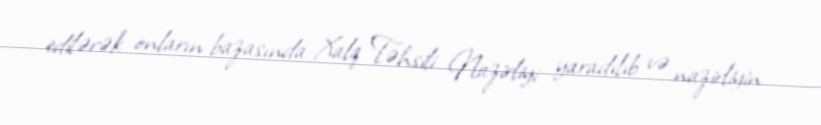
edilərək onların bazasında Xalq Təhsili Nazirliyi yaradılıb və nazirliyin